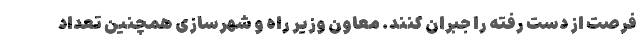
فرصت از دست رفته را جبران کنند. معاون وزیر راه و شهرسازی همچنین تعداد